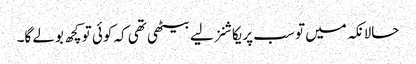
حالانکہ میں تو سب پریکاشنز لیے بیٹھی تھی کہ کوئی تو کچھ بولے گا۔